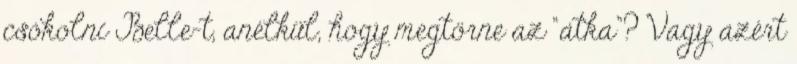
csókolni Belle-t, anélkül, hogy megtörne az “átka”? Vagy azért